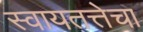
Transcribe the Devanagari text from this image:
स्वायतत्तेचा